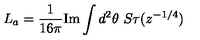
L _ { a } = \frac { 1 } { 1 6 \pi } \mathrm { I m } \int d ^ { 2 } \theta \ S \tau ( z ^ { - 1 / 4 } )